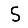
Digit: 5